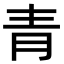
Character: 青